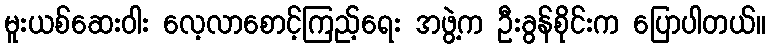
မူးယစ်ဆေးဝါး လေ့လာစောင့်ကြည့်ရေး အဖွဲ့က ဦးခွန်စိုင်းက ပြောပါတယ်။